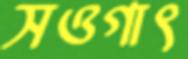
সওগাৎ